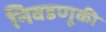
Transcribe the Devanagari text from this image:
निवडणूकी